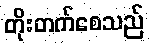
တိုးတက်စေသည်